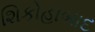
શિકોહાબાદ